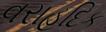
વરાહદિક